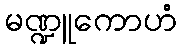
မဏ္ဍူကောဟံ